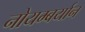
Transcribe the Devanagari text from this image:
नोयम्बर्यान